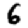
Digit: 6